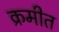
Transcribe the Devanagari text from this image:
क्रमीत